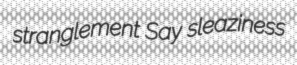
stranglement Say sleaziness